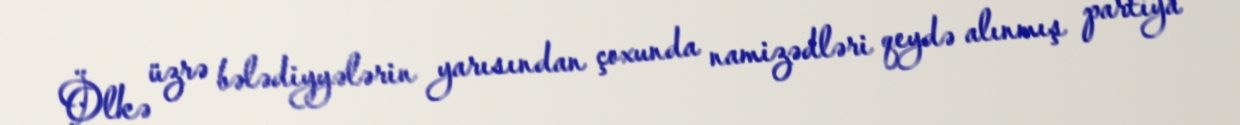
Ölkə üzrə bələdiyyələrin yarısından çoxunda namizədləri qeydə alınmış partiya